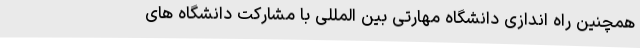
همچنین راه اندازی دانشگاه مهارتی بین المللی با مشارکت دانشگاه های